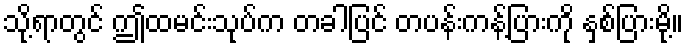
သို့ရာတွင် ဤထမင်းသုပ်က တခါပြင် တပန်းကန့်ပြားကို နှစ်ပြားမို့။